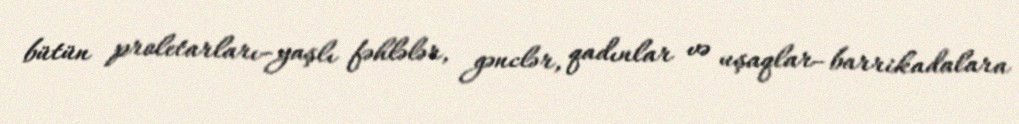
bütün proletarları–yaşlı fəhlələr, gənclər, qadınlar və uşaqlar–barrikadalara